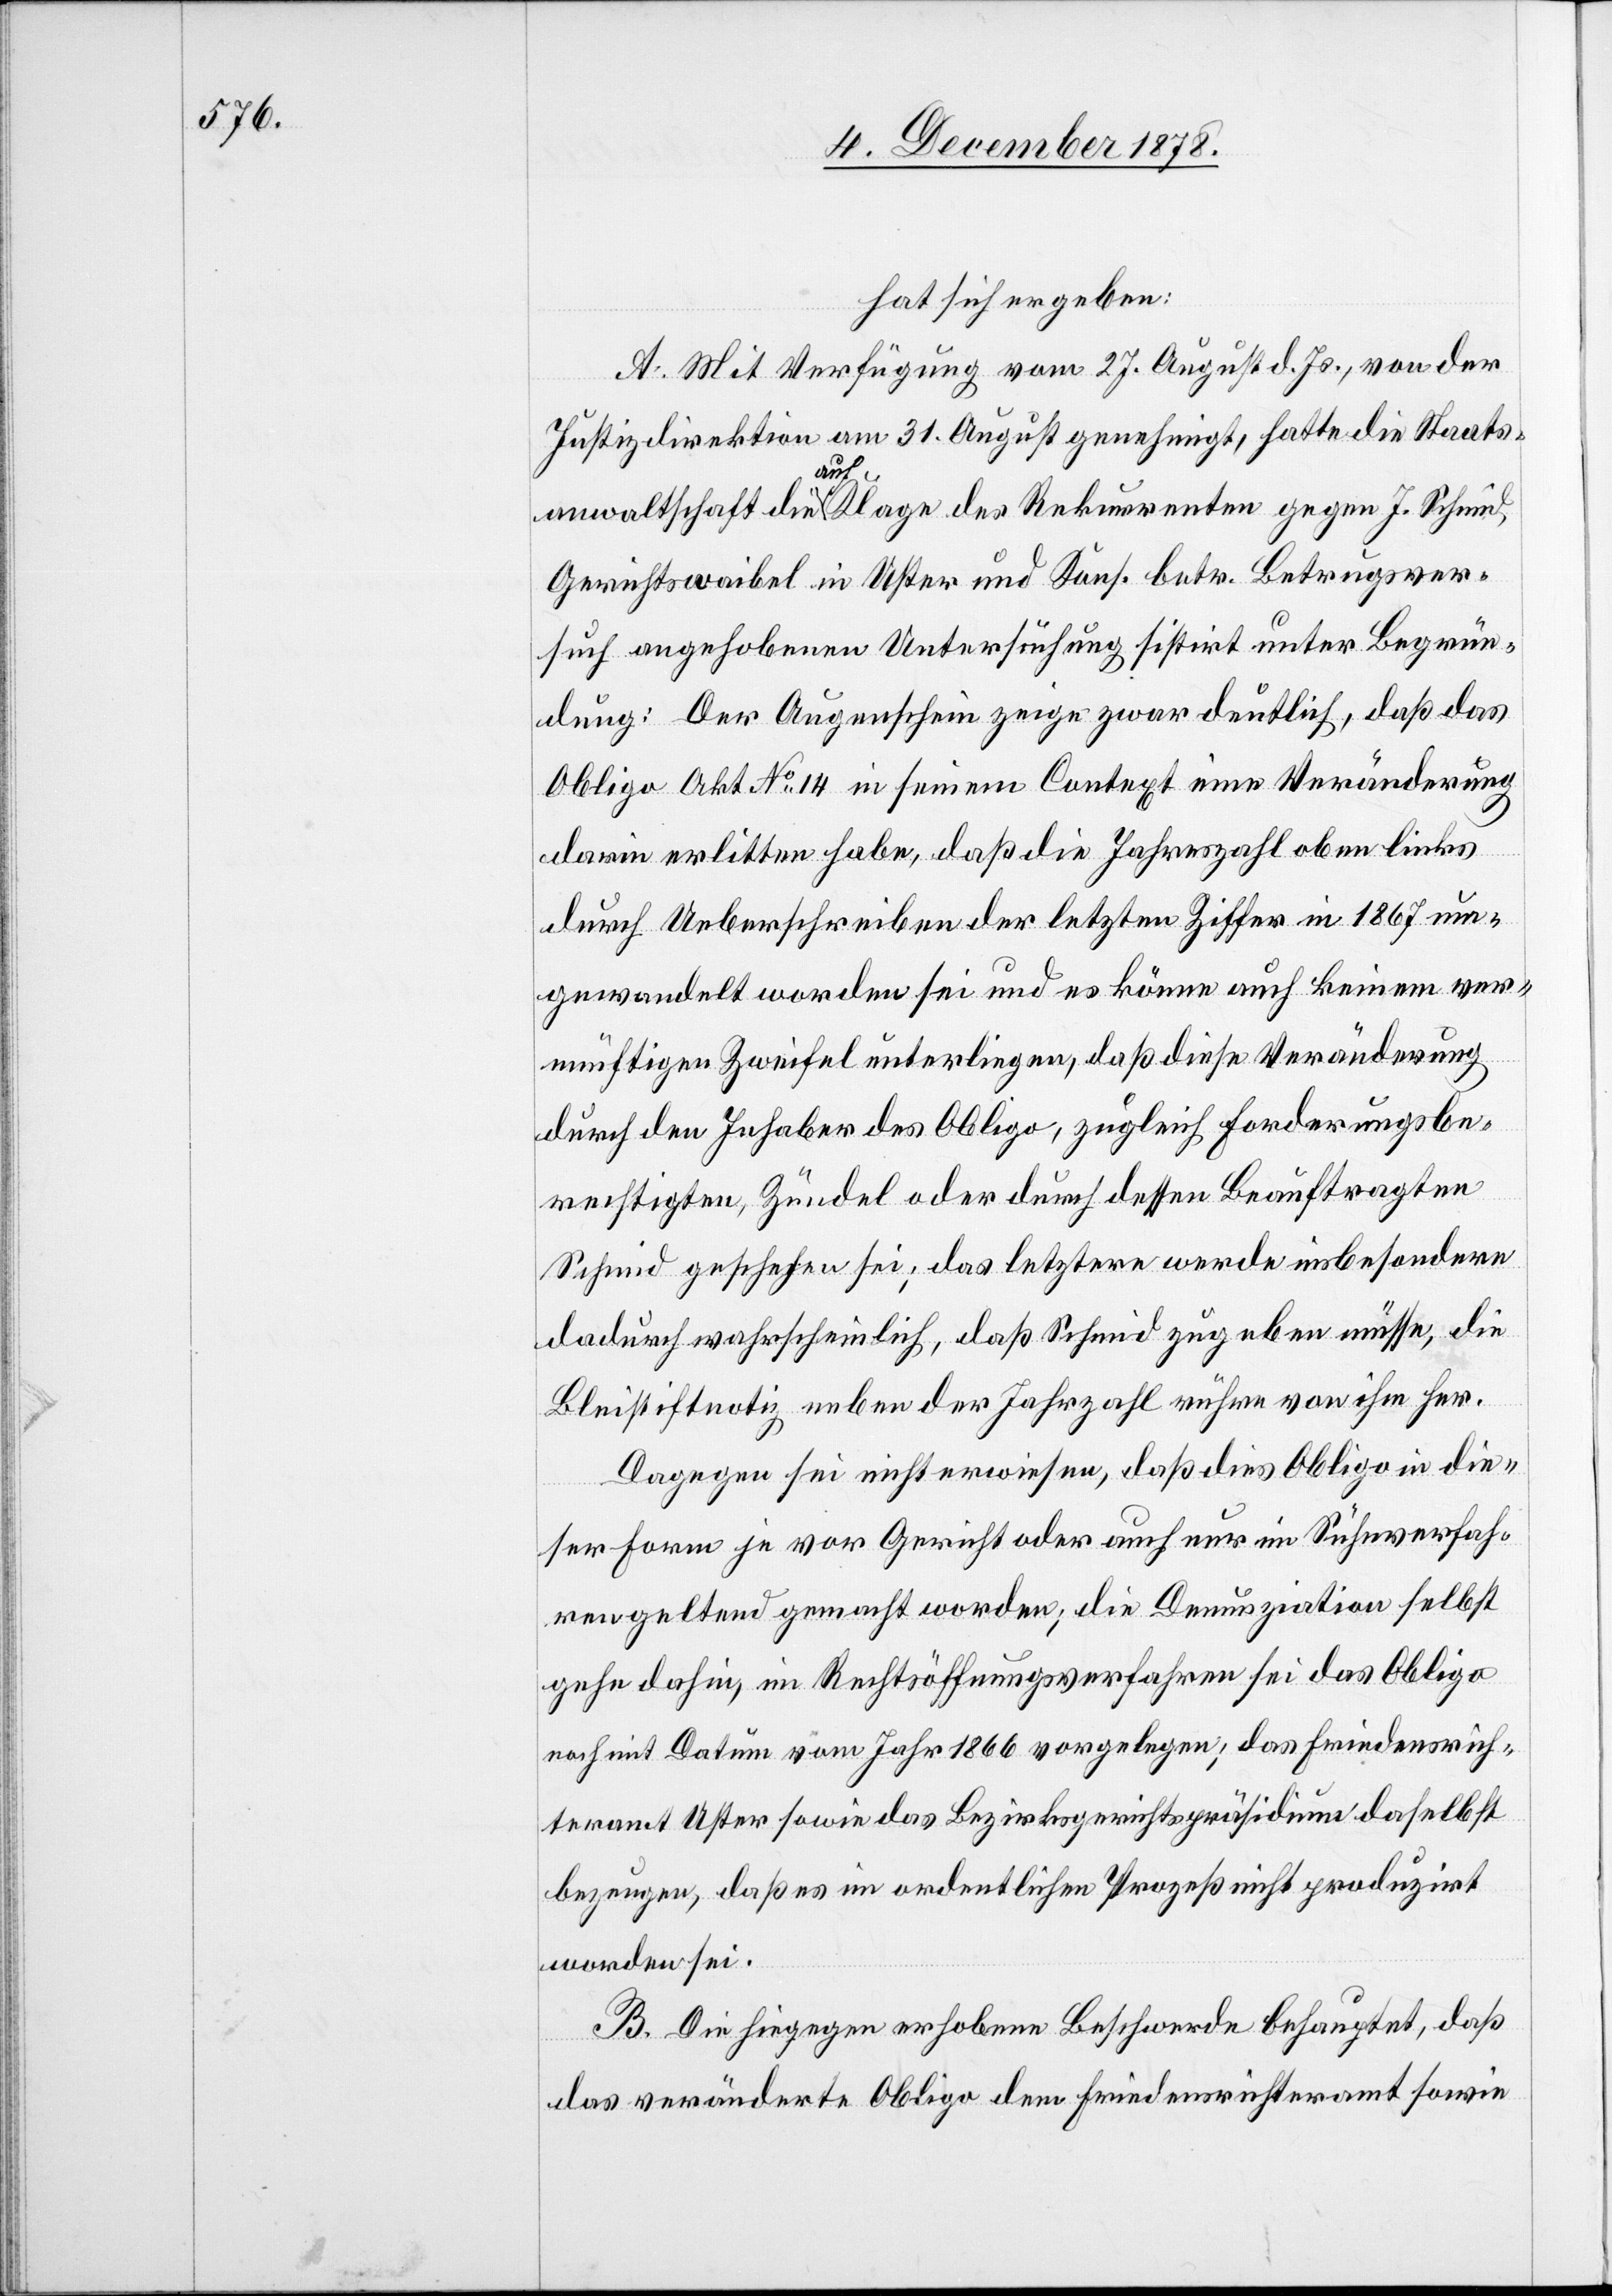
hat sich ergeben:
A. Mit Verfügung vom 27. August d. Js., von der
Justizdirektion am 31. August genehmigt, hatte die Staats¬
anwaltschaft die auf Klage des Rekurrenten gegen J. Schmid
Gerichtswaibel in Uster und Kons. betr. Betrugsver¬
such angehobenen Untersuchung sistirt unter Begrün¬
dung: Der Augenschein zeige zwar deutlich, daß das
Obligo Akt. No 14 in seinem Context eine Veränderung
darin erlitten habe, daß die Jahreszahl oben links
durch Ueberschreiben der letzten Ziffer in 1867 um¬
gewandelt worden sei und es könne auch keinem ver¬
nünftigen Zweifel unterliegen, daß diese Veränderung
durch den Inhaber des Obligo, zugleich Forderungsbe¬
rechtigten, Zündel oder durch dessen Beauftragten
Schmid geschehen sei; das letztere werde insbesondere
dadurch wahrscheinlich, daß Schmid zugeben müsse, die
Bleistiftnotiz neben der Jahreszahl rühre von ihm her.
Dagegen sei nicht erwiesen, daß dies Obligo in die¬
ser Form je vor Gericht oder auch nur im Sühnverfah¬
ren gelten gemacht worden; die Denunziation selbst
gehe dahin, im Rechtsöffnungsverfahren sei das Obligo
noch mit Datum vom Jahr 1866 vorgelegen; das Friedensrich¬
teramt Uster sowie das Bezirksgerichtspräsidium daselbst
bezeugen, daß es im ordentlichen Prozess nicht produzirt
worden sei.
B. Die hiegegen erhobene Beschwerde behauptet, daß
das unveränderte Obligo dem Friedensrichteramt sowie